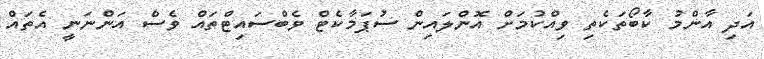
އަދި އާންމު ކާބޯތަކެތި ވިއްކުމަށް އޮންލައިން ސުޕަމާކެޓް ވެބްސައިޓްތައް ވެސް އަންނަނީ އެތައް